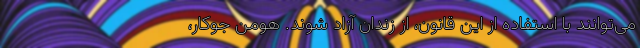
می‌توانند با استفاده از این قانون، از زندان آزاد شوند. هومن جوکار،